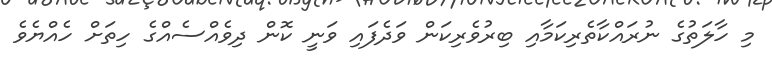
މި ހާލަތުގެ ނުރައްކާތެރިކަމާއި ބިރުވެރިކަން ވަދެފައި ވަނީ ކޮން ދިވެއްސެއްގެ ހިތަށް ހެއްޔެވެ